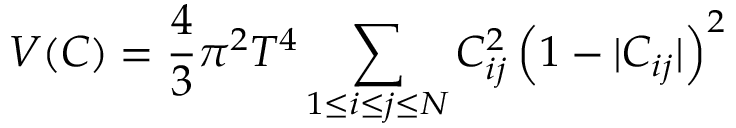
V ( C ) = { \frac { 4 } { 3 } } \pi ^ { 2 } T ^ { 4 } \sum _ { 1 \le i \le j \le N } C _ { i j } ^ { 2 } \left( 1 - \vert C _ { i j } \vert \right) ^ { 2 }